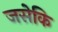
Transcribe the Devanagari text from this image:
जसेकि